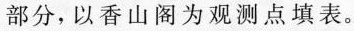
部分，以香山阁为观测点填表。